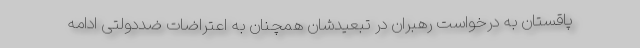
پاقستان به درخواست رهبران در تبعیدشان همچنان به اعتراضات ضددولتی ادامه